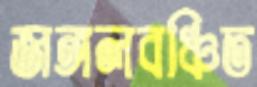
জঙ্গলবঞ্চিত